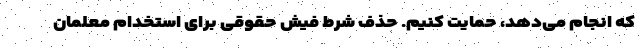
که انجام می‌دهد، حمایت کنیم. حذف شرط فیش حقوقی برای استخدام معلمان